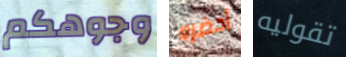
وجوهكم أحضره تقوليه